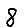
Digit: 8